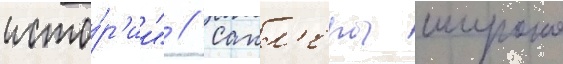
исто́р'ии" // Сакл'еры широко